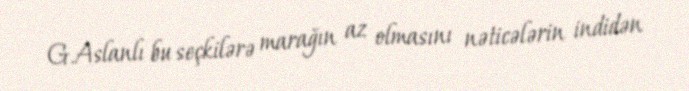
G.Aslanlı bu seçkilərə marağın az olmasını nəticələrin indidən